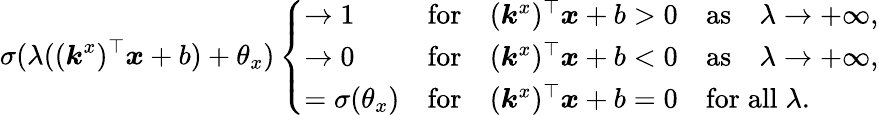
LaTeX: \sigma(\lambda((\boldsymbol{k}^{x})^{\top}\boldsymbol{x}+b)+\theta_{x})\left\{ \begin{array}{ll}{\to 1}&{\mathrm{for}\quad(\boldsymbol{k}^{x})^{\top}\boldsymbol{x}+b>0\quad\mathrm{as}\quad\lambda\to+\infty,}\\ {\to 0}&{\mathrm{for}\quad(\boldsymbol{k}^{x})^{\top}\boldsymbol{x}+b<0\quad\mathrm{as}\quad\lambda\to+\infty,}\\ {=\sigma(\theta_{x})}&{\mathrm{for}\quad(\boldsymbol{k}^{x})^{\top}\boldsymbol{x}+b=0\quad\mathrm{for}\; \mathrm{all}\; \lambda.}\end{array}\right.